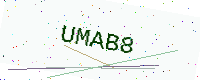
Text: UMAB8